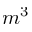
m ^ { 3 }